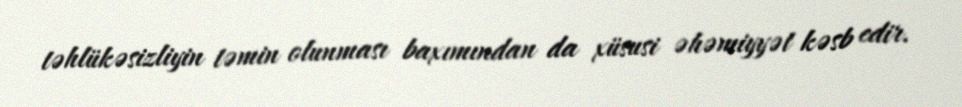
təhlükəsizliyin təmin olunması baxımından da xüsusi əhəmiyyət kəsb edir.